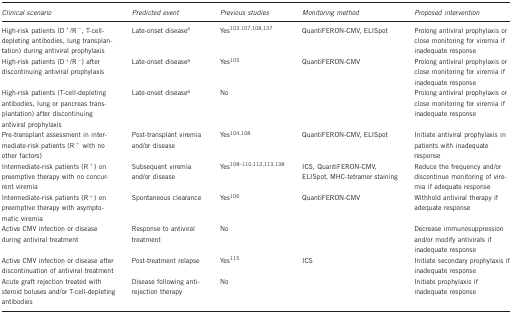
<table><thead><tr><td><b><i>Clinical scenario</i></b></td><td><b><i>Predicted event</i></b></td><td><b><i>Previous studies</i></b></td><td><b><i>Monitoring method</i></b></td><td><b><i>Proposed intervention</i></b></td></tr></thead><tbody><tr><td>High-risk patients (D<sup>+</sup>/R<sup>−</sup>, T-cell-depleting antibodies, lung transplantation) during antiviral prophylaxis</td><td>Late-onset diseasea</td><td>Yes<sup>103, 107, 108, 137</sup></td><td>QuantiFERON-CMV, ELISpot</td><td>Prolong antiviral prophylaxis or close monitoring for viremia if inadequate response</td></tr><tr><td>High-risk patients (D<sup>+</sup>/R<sup>−</sup>) after discontinuing antiviral prophylaxis</td><td>Late-onset diseasea</td><td>Yes<sup>105</sup></td><td>QuantiFERON-CMV</td><td>Prolong antiviral prophylaxis or close monitoring for viremia if inadequate response</td></tr><tr><td>High-risk patients (T-cell-depleting antibodies, lung or pancreas transplantation) after discontinuing antiviral prophylaxis</td><td>Late-onset diseasea</td><td>No</td><td> </td><td>Prolong antiviral prophylaxis or close monitoring for viremia if inadequate response</td></tr><tr><td>Pre-transplant assessment in intermediate-risk patients (R<sup>+</sup> with no other factors)</td><td>Post-transplant viremia and/or disease</td><td>Yes<sup>104, 108</sup></td><td>QuantiFERON-CMV, ELISpot</td><td>Initiate antiviral prophylaxis in patients with inadequate response</td></tr><tr><td>Intermediate-risk patients (R<sup>+</sup>) on preemptive therapy with no concurrent viremia</td><td>Subsequent viremia and/or disease</td><td>Yes<sup>108, 109, 110, 112, 113, 138</sup></td><td>ICS, QuantiFERON-CMV, ELISpot, MHC-tetramer staining</td><td>Reduce the frequency and/or discontinue monitoring of viremia if adequate response</td></tr><tr><td>Intermediate-risk patients (R<sup>+</sup>) on preemptive therapy with asymptomatic viremia</td><td>Spontaneous clearance</td><td>Yes<sup>106</sup></td><td>QuantiFERON-CMV</td><td>Withhold antiviral therapy if adequate response</td></tr><tr><td>Active CMV infection or disease during antiviral treatment</td><td>Response to antiviral treatment</td><td>No</td><td> </td><td>Decrease immunosuppression and/or modify antivirals if inadequate response</td></tr><tr><td>Active CMV infection or disease after discontinuation of antiviral treatment</td><td>Post-treatment relapse</td><td>Yes<sup>115</sup></td><td>ICS</td><td>Initiate secondary prophylaxis if inadequate response</td></tr><tr><td>Acute graft rejection treated with steroid boluses and/or T-cell-depleting antibodies</td><td>Disease following anti-rejection therapy</td><td>No</td><td> </td><td>Initiate prophylaxis if inadequate response</td></tr></tbody></table>